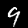
Label: 9